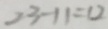
2 3 - 1 1 = 1 2